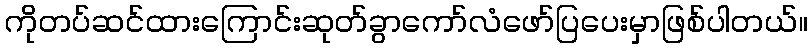
ကိုတပ်ဆင်ထားကြောင်းဆုတ်ခွာကော်လံဖော်ပြပေးမှာဖြစ်ပါတယ်။